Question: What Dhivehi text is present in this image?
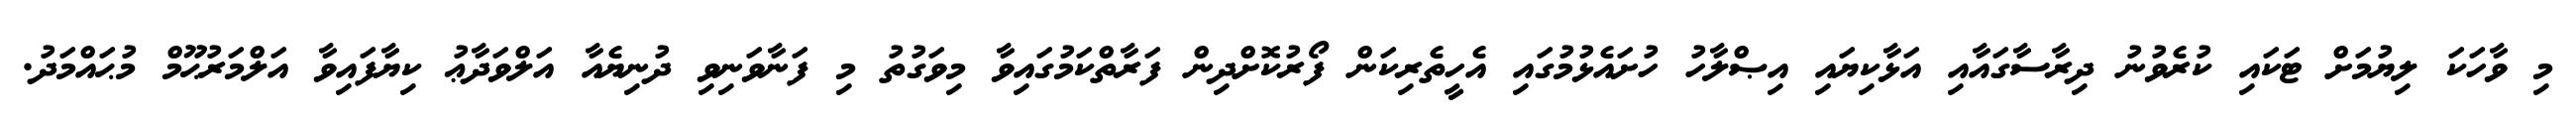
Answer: މި ވާހަކަ ލިޔުމަށް ޓަކައި ކުރެވުނު ދިރާސާގައާއި އަޅާކިޔައި އިޞްލާހު ހުށައެޅުމުގައި އެހީތެރިކަން ފޯރުކޮށްދިން ފަރާތްކަމުގައިވާ މިވަގުތު މި ފަނާވަނިވި ދުނިޔެއާ އަލްވަދާޢު ކިޔާފައިވާ އަލްމަރުޙޫމް މުޙައްމަދު.